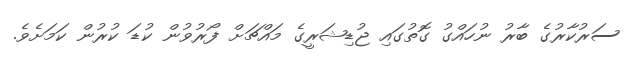
ސަރުކާރުގެ ބާރު ނުހައްގު ގޮތުގައި ޖުޑިޝަރީގެ މައްޗަށް ފޯރުވުން ކުޑަ ކުރުން ކަމަށެވެ.